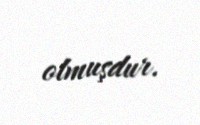
olmuşdur.